Vaccination North-Western Provinces and Oudh 1878-1895 - 1878-1895
Year: 1878
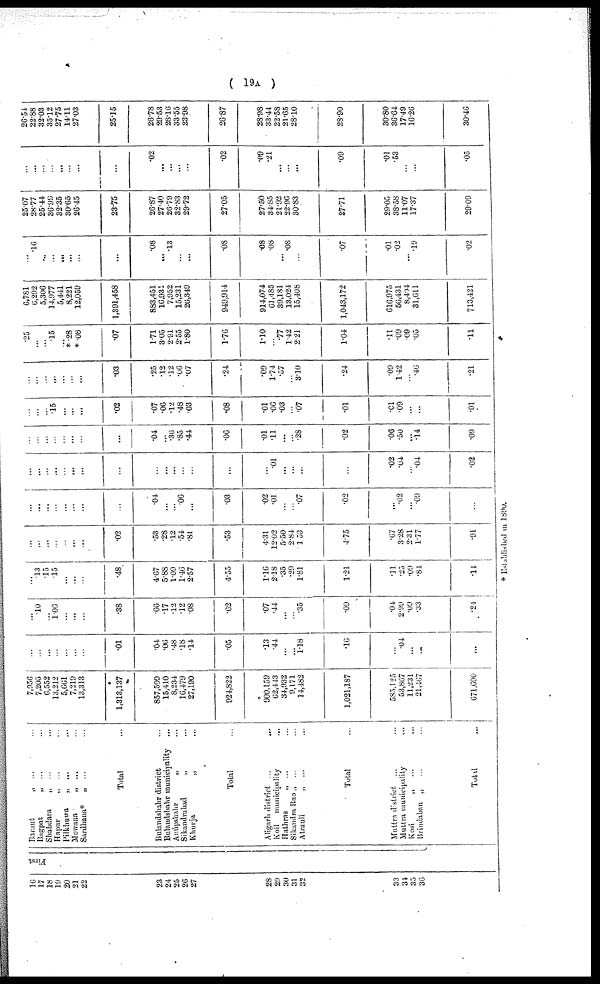
( 19A )
16
17
18
19
20
21
22
23
24
25
26
27
28
29
30
31
32
33
34
35
36
First
Baeant „ ... ...
Bagpat „ ... ...
Shahdara „ ... ...
Hapur „ ... ...
Pilkhnwa „ ... ...
Mowana „ ... ...
Sardhana* „ ... ...
Total ...
Bulandshahr district ...
Bulandshar municipality...
Anupshahr „ ...
Sikandrabad „ ...
Khurja
„ ...
Total ...
Aligarh district ...
...
Koil municipality ...
Hathras „ ... ...
Sikandra Rao„ ... ...
Atrauli
„ ... ...
Total ...
Muttra district ... ...
Muttra municipality ...
Kosi „ ... ...
Brindaban „ ... ...
Total ...
7,956
7,205
6,552
13,212
5,661
7,219
13,313
1,313,137
857,509
15,410
8,234
16,479
27,190
924,822
900,159
62,443
34,932
9,171
14,482
1,021,187
585,125
53,867
11,231
21,467
671,690
...
...
...
...
...
...
...
.01
.04
.06
.48
.18
.14
.05
.13
.44
...
...
1.18
.16
...
.04
...
...
...
...
.10
...
1.06
...
...
...
.38
.66
.17
.12
.12
.08
.62
.07
.44
...
...
.35
.09
.04
2.99
.09
.33
.24
...
.13
.15
.15
...
...
...
.48
4.67
5.88
1.09
1.46
2.57
4.55
1.16
2.18
.35
.29
1.81
1.21
.11
.25
.09
.84
.14
...
...
...
...
...
...
...
.02
.53
.28
.12
.54
.81
.53
4.31
12.02
5.50
2.84
1.53
4.75
.67
3.28
2.31
1.77
.91
...
...
...
...
...
...
...
...
.04
...
...
.06
...
.03
.02
.01
...
...
.07
.02
...
.02
...
.09
...
...
...
...
...
...
...
...
...
...
...
...
...
...
...
...
.01
...
...
...
...
.02
.04
...
.04
.02
...
...
...
...
...
...
...
...
.04
...
.36
.85
.44
.06
.01
.11
...
...
.28
.02
.06
.50
...
.14
.09
...
...
...
.15
...
...
...
.02
.07
.06
.12
.48
.03
.08
.01
.06
.03
...
.07
.01
.01
.09
...
...
.01
...
...
...
...
...
...
.03
.25
.12
.12
.06
.07
.24
.09
1.74
.57
...
3.10
.24
.09
1.42
...
.46
.21
.25
...
...
.15
...
*.28
*.08
.07
1.71
3.05
2.91
2.55
1.80
1.76
1.10
...
.77
1.42
2.21
1.04
.11
.09
.09
.05
.11
6,781
0,292
5,306
14,977
5,441
8,221
12,059
1,391,458
883,451
16,931
7,952
15,231
26,349
949,914
914,074
61,485
39,181
13,024
15,408
1,043,172
616,975
56,431
8,404
31,611
713,421
...
.16
...
...
...
...
...
...
.08
...
13
...
...
.08
.08
.08
...
.08
...
.07
.01
.02
...
.19
.02
25.07
28.77
25.44
36.99
32.35
30.65
26.45
23.75
26.87
27.40
26.79
32.83
29.72
27.05
27.50
34.85
21.92
22.96
30.83
27.71
29.05
38.58
11.07
17.37
29.09
...
...
...
...
...
...
...
...
.02
...
...
...
...
.02
.09
.21
...
...
...
.09
.01
.53
...
...
.05
26.54
22.88
32.03
35.12
27.75
14.11
27.03
25.15
26.78
29.53
28.16
33.55
23.98
26.87
28.98
33.44
22.58
21.65
28.10
28.90
30.80
36.64
17.49
16.26
30.46
* Established in 1890.